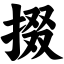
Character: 掇